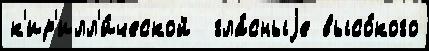
к'ир'илл'и́ческой  гла́сныjе высо́кого